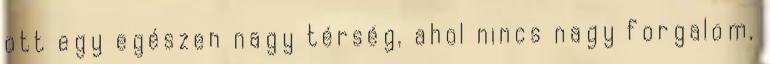
ott egy egészen nagy térség, ahol nincs nagy forgalom,